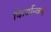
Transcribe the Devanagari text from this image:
किर्यान्वन